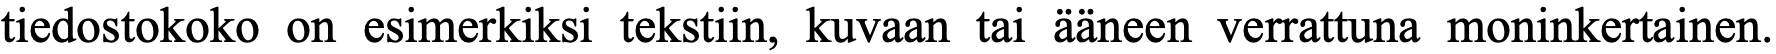
tiedostokoko on esimerkiksi tekstiin, kuvaan tai ääneen verrattuna moninkertainen.